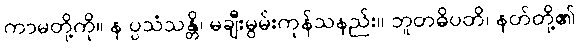
ကာမတို့ကို။ န ပ္ပသံသန္တိ၊ မချီးမွမ်းကုန်သနည်း။ ဘူတဓိပတိ၊ နတ်တို့၏